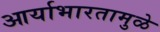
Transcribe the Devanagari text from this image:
आर्याभारतामुळे